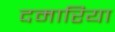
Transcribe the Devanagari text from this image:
दमारिया